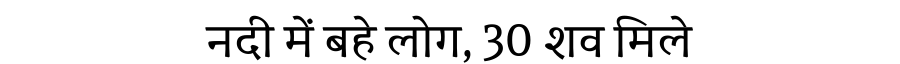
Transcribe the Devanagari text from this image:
नदी में बहे लोग, 30 शव मिले